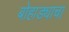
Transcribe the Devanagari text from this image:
बोहाड्याचा